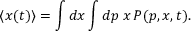
\langle x ( t ) \rangle = \int d x \int d p \; x \, P ( p , x , t ) .